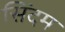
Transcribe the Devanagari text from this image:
सिंदम